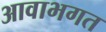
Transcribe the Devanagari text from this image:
आवाभगत